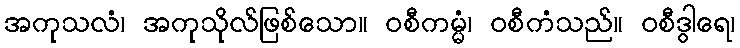
အကုသလံ၊ အကုသိုလ်ဖြစ်သော။ ဝစီကမ္မံ၊ ဝစီကံသည်။ ဝစီဒွါရေ၊